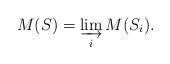
\begin{align*}M(S) = \varinjlim_i M(S_i).\end{align*}